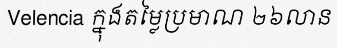
Velencia ក្នុងតម្លៃប្រមាណ ២៦លាន